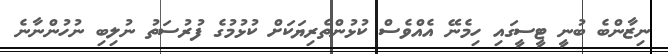
ނިޒާންބެ ބުނީ ޓީސީގައި ހިމެނޭ އެއްވެސް ކުޅުންތެރިޔަކަށް ކުޅުމުގެ ފުރުސަތު ނުލިބި ނުހުންނާނެ